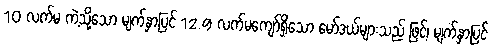
10 လက်မ ကဲ့သို့သော မျက်နှာပြင် 12.9 လက်မကျော်ရှိသော မော်ဒယ်များသည် ဖြင့်၊ မျက်နှာပြင်